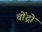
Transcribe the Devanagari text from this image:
चोंद्रो